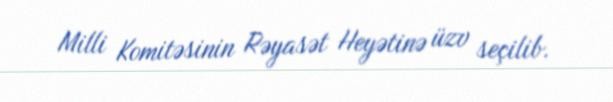
Milli Komitəsinin Rəyasət Heyətinə üzv seçilib.